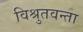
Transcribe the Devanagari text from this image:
विश्रुतवन्ता